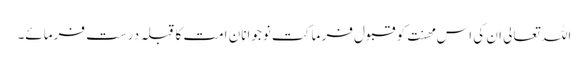
اللہ تعالی ان کی اس مھنت کو قبول فر ما کت نوجوانان امت کا قبلہ درست فرمائے۔